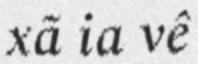
xã ia vê